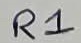
Text: R1